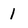
Character: 1